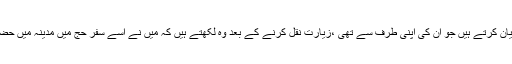
مثال کے طور پر شیخ صدوق ؒ ’’من لا یحضرہ الفقیہ‘‘ میں حضرت فاطمہ زہرا ؑ کی ایک زیارت بیان کرتے ہیں جو ان کی اپنی طرف سے تھی ،زیارت نقل کرنے کے بعد وہ لکھتے ہیں کہ میں نے اسے سفر حج میں مدینہ میں حضرت فاطمہ زہراؑ کی قبر کے پاس پڑھا لیکن میں نے اسے اس صورت میں روایات میں نہیں پایا ۔